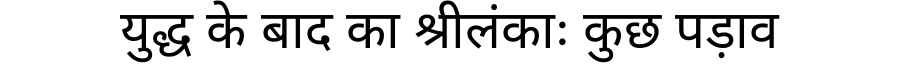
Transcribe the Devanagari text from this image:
युद्ध के बाद का श्रीलंकाः कुछ पड़ाव